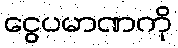
ငွေပမာဏကို